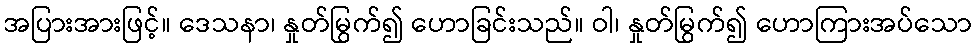
အပြားအားဖြင့်။ ဒေသနာ၊ နှုတ်မြွက်၍ ဟောခြင်းသည်။ ဝါ၊ နှုတ်မြွက်၍ ဟောကြားအပ်သော